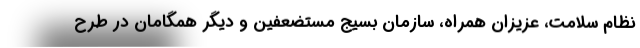
نظام سلامت، عزیزان همراه، سازمان بسیج مستضعفین و دیگر همگامان در طرح